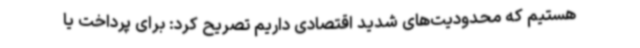
هستیم که محدودیت‌های شدید اقتصادی داریم تصریح کرد: برای پرداخت یا